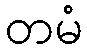
တမံ